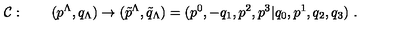
{ \cal C } : \qquad ( p ^ { \Lambda } , q _ { \Lambda } ) \rightarrow ( \tilde { p } ^ { \Lambda } , \tilde { q } _ { \Lambda } ) = ( p ^ { 0 } , - q _ { 1 } , p ^ { 2 } , p ^ { 3 } | q _ { 0 } , p ^ { 1 } , q _ { 2 } , q _ { 3 } ) \ .